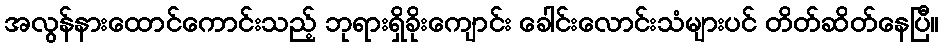
အလွန်နားထောင်ကောင်းသည့် ဘုရားရှိခိုးကျောင်း ခေါင်းလောင်းသံများပင် တိတ်ဆိတ်နေပြီ။